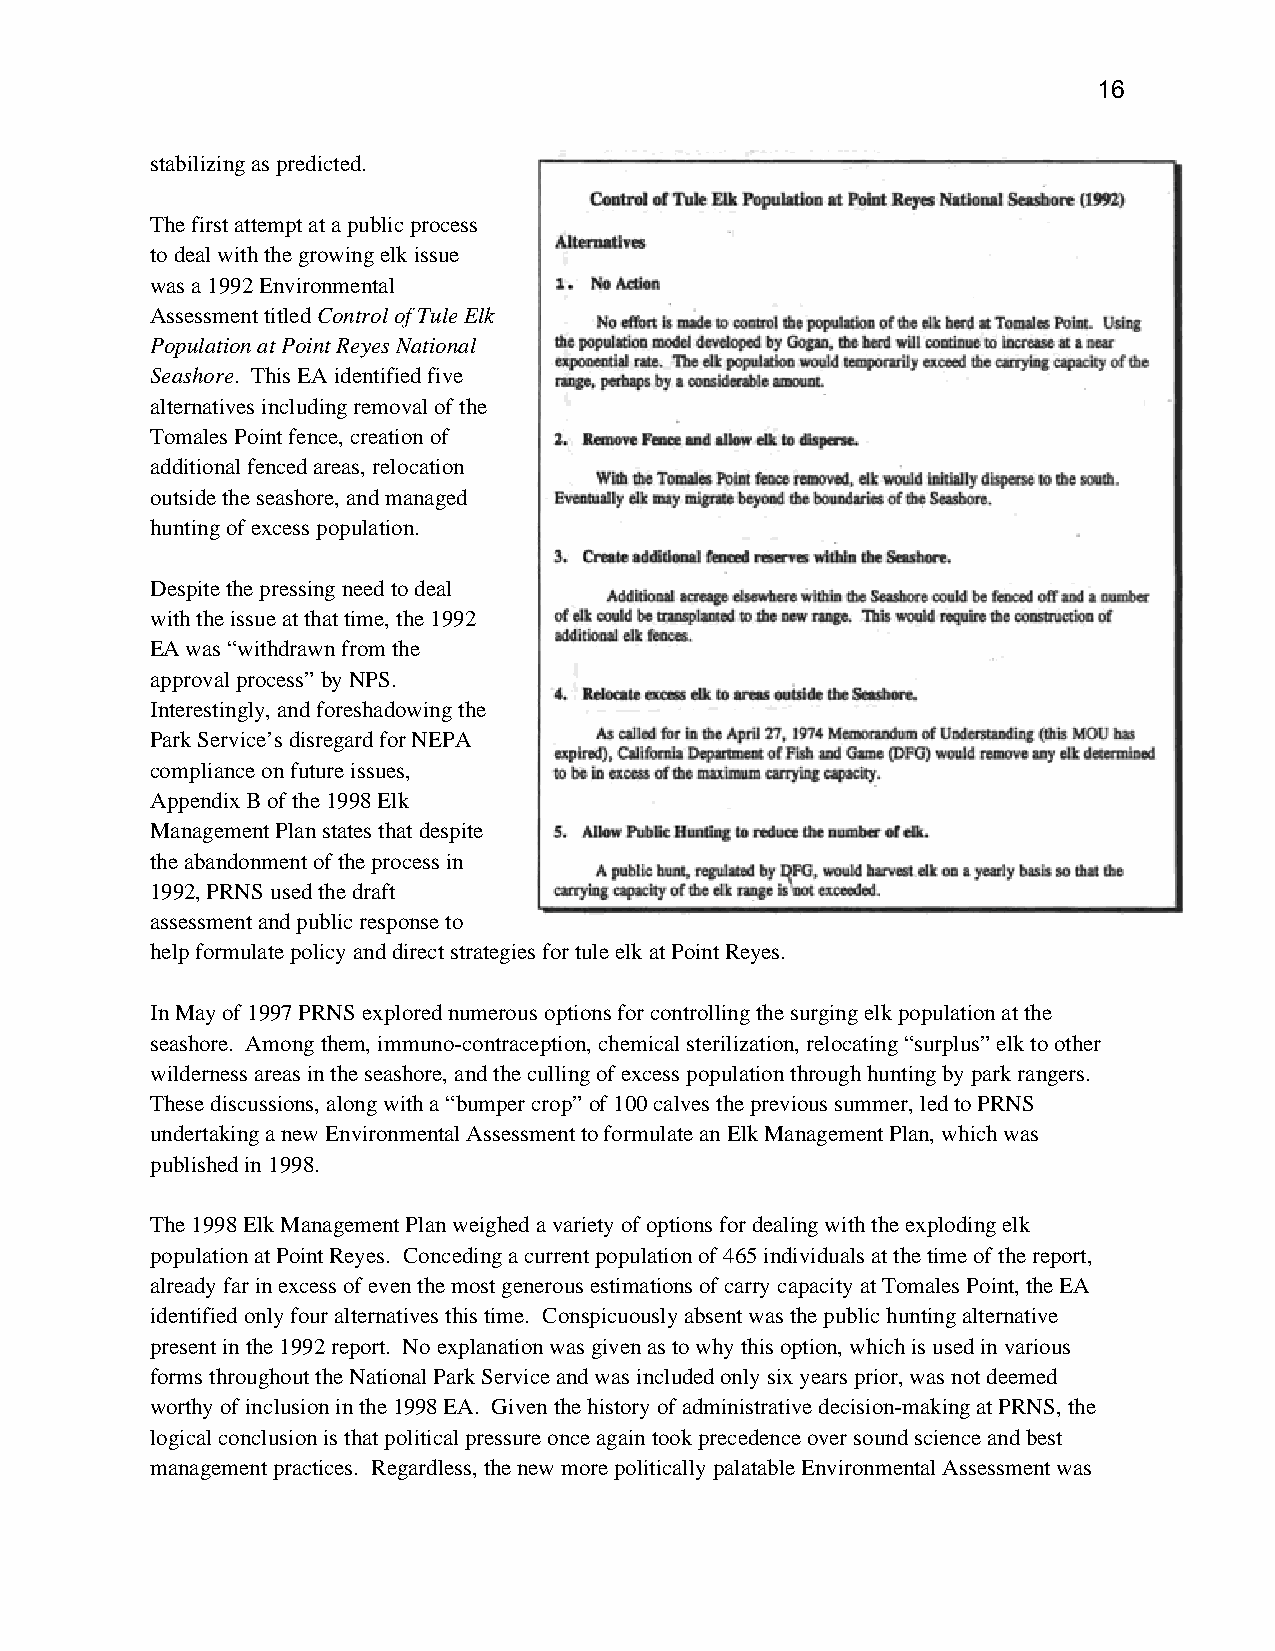
16
 stabilizing as predicted.
 The first attempt at a public process
 to deal with the growing elk issue
 was a 1992 Environmental
 Assessment titled Control of Tule Elk
 Population at Point Reyes National
 Seashore. This EA identified five
 alternatives including removal of the
 Tomales Point fence, creation of
 additional fenced areas, relocation
 outside the seashore, and managed
 hunting of excess population.
 Despite the pressing need to deal
 with the issue at that time, the 1992
 EA was “withdrawn from the
 approval process” by NPS.
 Interestingly, and foreshadowing the
 Park Service’s disregard for NEPA
 compliance on future issues,
 Appendix B of the 1998 Elk
 Management Plan states that despite
 the abandonment of the process in
 1992, PRNS used the draft
 assessment and public response to
 help formulate policy and direct strategies for tule elk at Point Reyes.
 In May of 1997 PRNS explored numerous options for controlling the surging elk population at the
 seashore. Among them, immuno-contraception, chemical sterilization, relocating “surplus” elk to other
 wilderness areas in the seashore, and the culling of excess population through hunting by park rangers.
 These discussions, along with a “bumper crop” of 100 calves the previous summer, led to PRNS
 undertaking a new Environmental Assessment to formulate an Elk Management Plan, which was
 published in 1998.
 The 1998 Elk Management Plan weighed a variety of options for dealing with the exploding elk
 population at Point Reyes. Conceding a current population of 465 individuals at the time of the report,
 already far in excess of even the most generous estimations of carry capacity at Tomales Point, the EA
 identified only four alternatives this time. Conspicuously absent was the public hunting alternative
 present in the 1992 report. No explanation was given as to why this option, which is used in various
 forms throughout the National Park Service and was included only six years prior, was not deemed
 worthy of inclusion in the 1998 EA. Given the history of administrative decision-making at PRNS, the
 logical conclusion is that political pressure once again took precedence over sound science and best
 management practices. Regardless, the new more politically palatable Environmental Assessment was